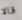
قالا